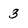
Character: 3